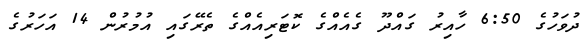
ދުވަހުގެ 6:50 ހާއިރު ގައްދޫ ގެއެއްގެ ކޮޓަރިއެއްގެ ތެރޭގައި އުމުރުން 14 އަހަރުގެ